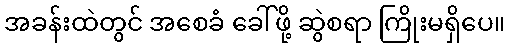
အခန်းထဲတွင် အစေခံ ခေါ်ဖို့ ဆွဲစရာ ကြိုးမရှိပေ။